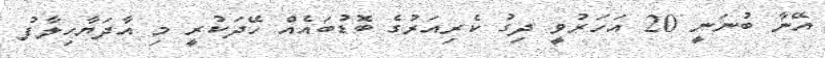
އޭނާ ބުނަނީ 20 އަހަރުވީ ދިގު ކެރިއަރުގެ ބޮޑުބައެއް ހޭދަކުރީ މި އާދަޔާހިލާފު